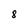
Character: 8